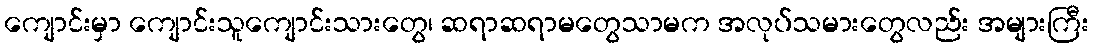
ကျောင်းမှာ ကျောင်းသူကျောင်းသားတွေ၊ ဆရာဆရာမတွေသာမက အလုပ်သမားတွေလည်း အများကြီး